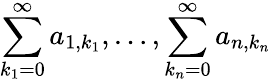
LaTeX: \sum_{k_{1}=0}^{\infty}a_{1,k_{1}},\ldots,\sum_{k_{n}=0}^{\infty}a_{n,k_{n}}